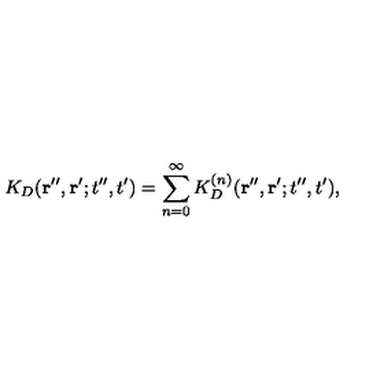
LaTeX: K _ { D } ( { \bf r } ^ { \prime \prime } , { \bf r } ^ { \prime } ; t ^ { \prime \prime } , t ^ { \prime } ) = \sum _ { n = 0 } ^ { \infty } K _ { D } ^ { ( n ) } ( { \bf r } ^ { \prime \prime } , { \bf r } ^ { \prime } ; t ^ { \prime \prime } , t ^ { \prime } ) ,